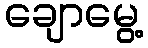
ချောမွေ့